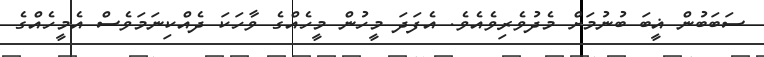
ސަބަބުން ޣީބަ ބުނުމަށް މެދުވެރިވެއެވެ. އެފަދަ މީހުން މީހެއްގެ ވާހަކަ ދެއްކިނަމަވެސް އެމީހެއްގެ